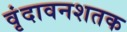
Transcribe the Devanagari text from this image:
वृंदावनशतक